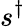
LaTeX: s^{\dagger}